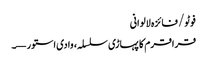
فوٹو/ فائزہ لالوانی
قراقرم کا پہاڑی سلسلہ، وادی استور—۔